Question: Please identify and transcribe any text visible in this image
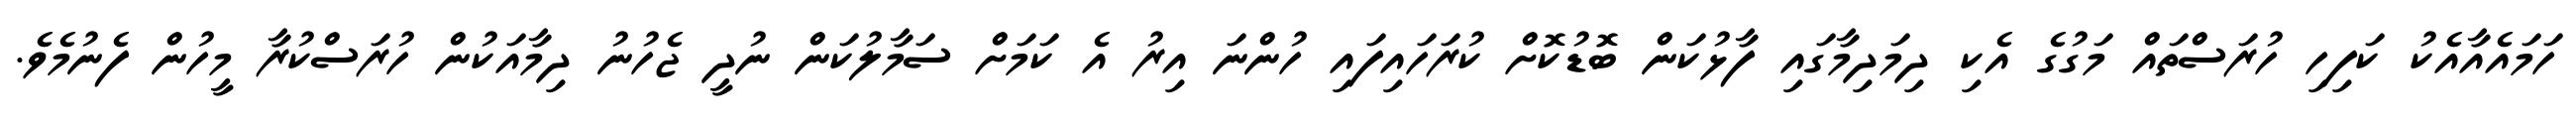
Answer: ހަމައެއާއެކު ކަފިހި ހުރަސްތައް މަގުގެ އެކި ދިމަދިމާގައި ފާޅުކަން ބޮޑުކޮށް ކުރަހައިފައި ހުންނަ އިރު އެ ކަމަށް ސަމާލުކަން ނުދީ ޖެހުނު ދިމާއަކުން ހުރަސްކުރާ މީހުން ފެނުމެވެ.